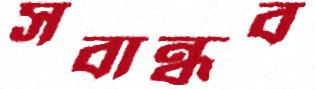
সবান্ধব